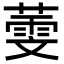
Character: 𦻱